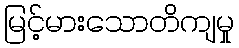
မြင့်မားသောတိကျမှု